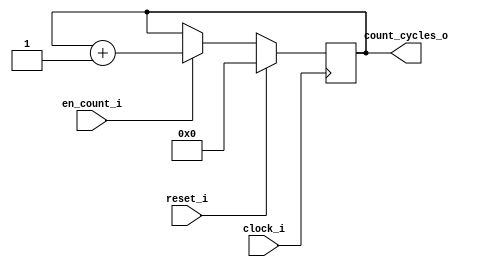
module Counter_Cycles
	#(
		parameter NB_COUNT = 8
	)
	(
		input wire clock_i,
		input wire reset_i,

		input wire en_count_i,

		output wire [NB_COUNT-1:0] count_cycles_o

	);
	reg [NB_COUNT-1:0] count_cycles_reg;

	assign count_cycles_o = count_cycles_reg;

	always @(posedge clock_i)
		begin
			if (reset_i)
				count_cycles_reg <= 8'b0;
			else
				if (en_count_i)
					begin
						count_cycles_reg <= count_cycles_reg + 1;
					end
				else
					count_cycles_reg <= count_cycles_reg;

		end


endmodule